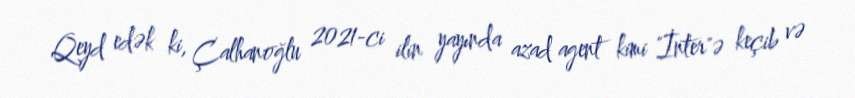
Qeyd edək ki, Çalhanoğlu 2021-ci ilin yayında azad agent kimi "İnter"ə keçib və